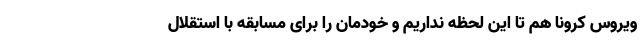
ویروس کرونا هم تا این لحظه نداریم و خودمان را برای مسابقه با استقلال